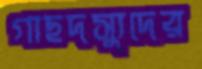
গাছদস্যুদের